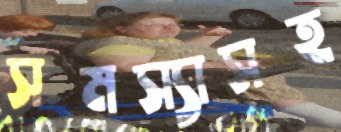
সমস্যাসহ